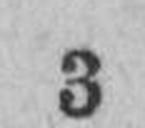
3